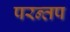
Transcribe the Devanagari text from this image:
परन्तप